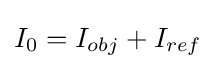
I_{0}=I_{obj}+I_{ref}